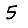
Digit: 5